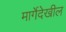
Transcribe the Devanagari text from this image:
मार्गेदेखील